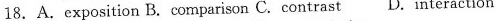
18.A.exposition B.comparison C.contrast D.interaction